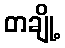
တချို့